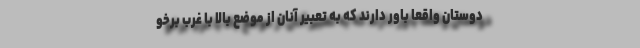
دوستان واقعا باور دارند که به تعبیر آنان از موضع بالا با غرب برخو